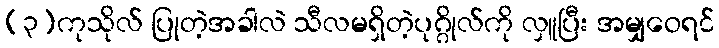
(၃)ကုသိုလ် ပြုတဲ့အခါလဲ သီလမရှိတဲ့ပုဂ္ဂိုလ်ကို လှူပြီး အမျှဝေရင်